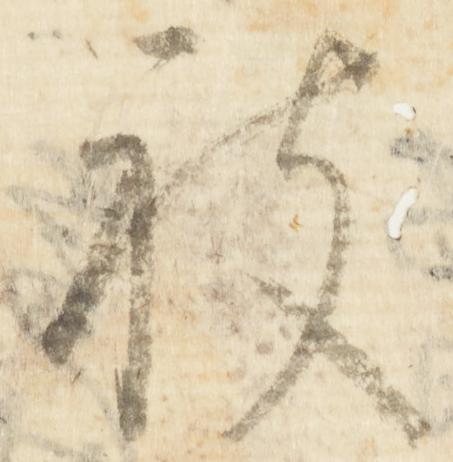
被